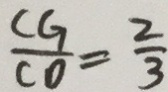
\frac { C G } { C O } = \frac { 2 } { 3 }